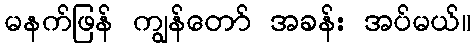
မနက်ဖြန် ကျွန်တော် အခန်း အပ်မယ်။